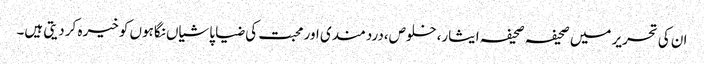
ان کی تحریر میں صحیفہ صحیفہ ایثار،خلوص،دردمندی اور محبت کی ضیا پاشیاں نگاہوں کو خیرہ کر دیتی ہیں۔